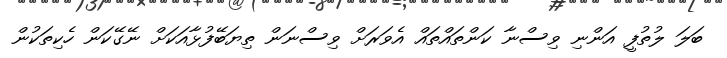
ބަލަ ލުތުފީ އަންނި ވިސްނާ ކަންތައްތައް އެވަރަށް ވިސްނަން ތިޔަބޭފުޅާއަކަށް ނޭގޭކަން ހެކިތަކުން